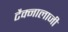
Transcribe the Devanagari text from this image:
टैक्नालाजी